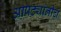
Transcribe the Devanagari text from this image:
आपट्यांनीच